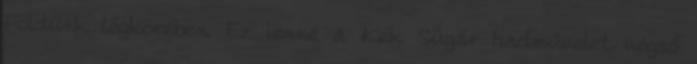
Földünk légkörében. Ez lenne a Kék Sugár hadművelet végső